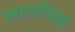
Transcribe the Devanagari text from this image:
स्थानचिह्न